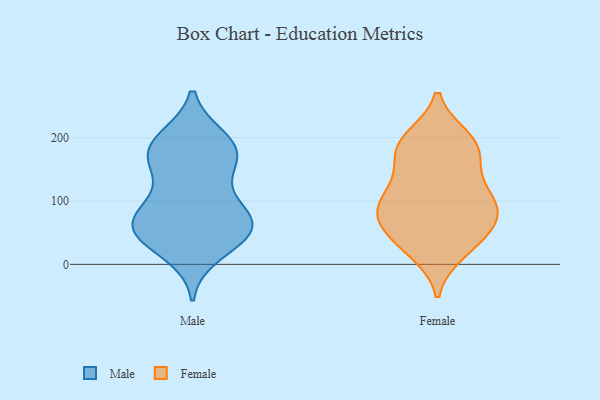
{"axis": {"x": "Operating Costs (USD K)", "y": "Value"}, "legend": ["Female", "Male"], "data": [{"x": "", "y": 49, "type": "Male"}, {"x": "", "y": 145, "type": "Male"}, {"x": "", "y": 48, "type": "Male"}, {"x": "", "y": 18, "type": "Male"}, {"x": "", "y": 198, "type": "Male"}, {"x": "", "y": 87, "type": "Male"}, {"x": "", "y": 175, "type": "Male"}, {"x": "", "y": 49, "type": "Male"}, {"x": "", "y": 183, "type": "Male"}, {"x": "", "y": 74, "type": "Male"}, {"x": "", "y": 78, "type": "Male"}, {"x": "", "y": 198, "type": "Male"}, {"x": "", "y": 171, "type": "Male"}, {"x": "", "y": 162, "type": "Male"}, {"x": "", "y": 58, "type": "Male"}, {"x": "", "y": 47, "type": "Male"}, {"x": "", "y": 92, "type": "Male"}, {"x": "", "y": 174, "type": "Female"}, {"x": "", "y": 28, "type": "Female"}, {"x": "", "y": 63, "type": "Female"}, {"x": "", "y": 97, "type": "Female"}, {"x": "", "y": 66, "type": "Female"}, {"x": "", "y": 99, "type": "Female"}, {"x": "", "y": 87, "type": "Female"}, {"x": "", "y": 132, "type": "Female"}, {"x": "", "y": 200, "type": "Female"}, {"x": "", "y": 188, "type": "Female"}, {"x": "", "y": 74, "type": "Female"}, {"x": "", "y": 61, "type": "Female"}, {"x": "", "y": 199, "type": "Female"}, {"x": "", "y": 19, "type": "Female"}, {"x": "", "y": 98, "type": "Female"}, {"x": "", "y": 119, "type": "Female"}, {"x": "", "y": 185, "type": "Female"}, {"x": "", "y": 31, "type": "Female"}, {"x": "", "y": 159, "type": "Female"}]}